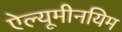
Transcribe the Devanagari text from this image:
ऐल्यूमीनयिम